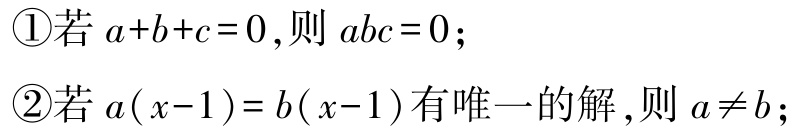
\textcircled{1}若\(a + b + c = 0\),则\(abc = 0\)；

\textcircled{2}若\(a(x - 1)=b(x - 1)\)有唯一的解,则\(a\neq b\)；